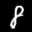
Label: 8